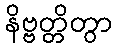
နိဗ္ဗတ္တိတွာ